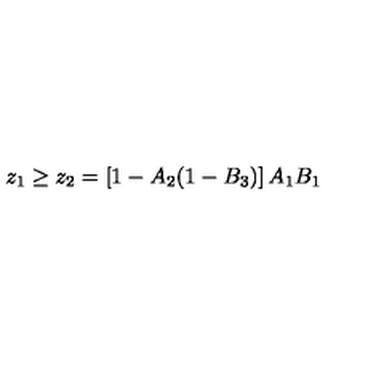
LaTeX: z _ { 1 } \geq z _ { 2 } = \left[ 1 - A _ { 2 } ( 1 - B _ { 3 } ) \right] A _ { 1 } B _ { 1 }